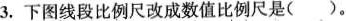
3.下图线段比例尺改成数值比例尺是( )。